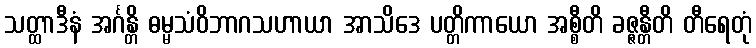
သတ္ထာဒီနံ အင်္ဂန္တိ ဓမ္မသံဝိဘာဂသဟာယာ အာသိဒေ ပတ္တိကာယော အစ္စီတိ ခဇ္ဇန္တီတိ တီရေတုံ